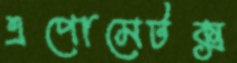
এপোমেটক্স